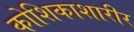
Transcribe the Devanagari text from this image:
कोशिकाशारीर